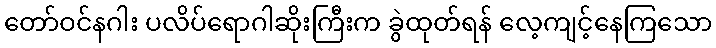
တော်ဝင်နဂါး ပလိပ်ရောဂါဆိုးကြီးက ခွဲထုတ်ရန် လေ့ကျင့်နေကြသော